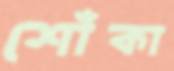
শোঁকা